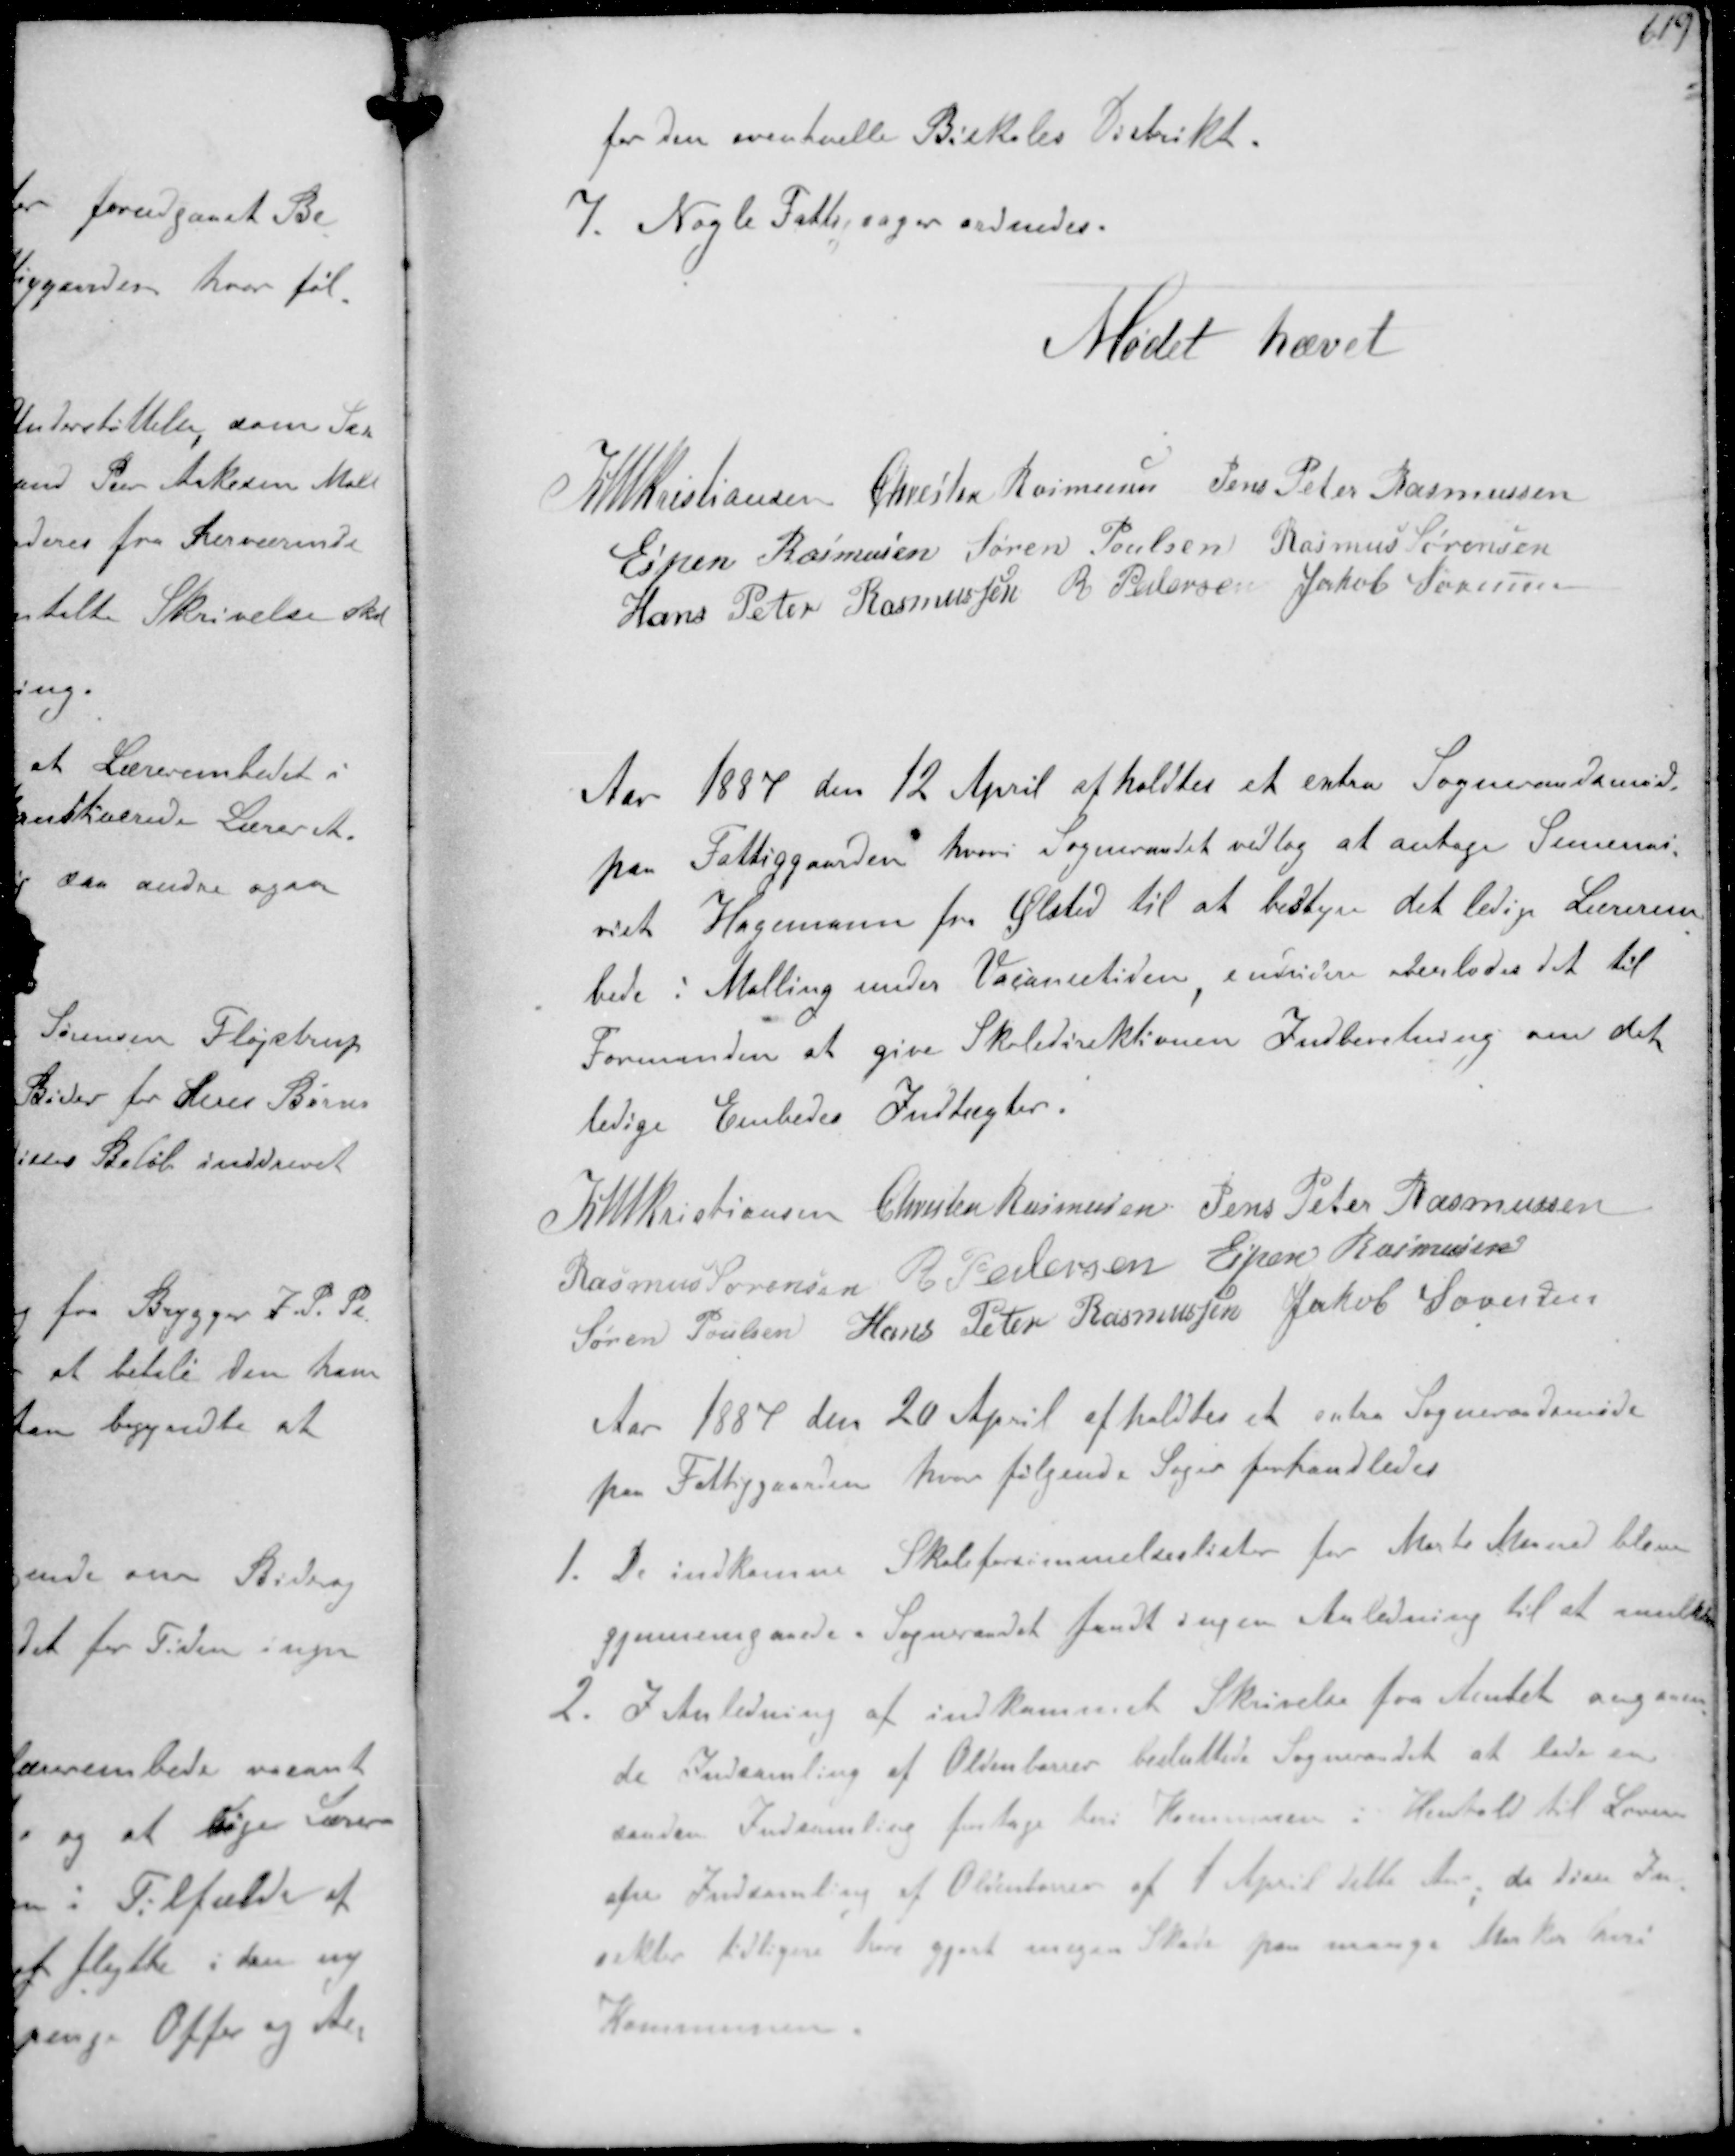
Transskription:
for den eventuelle Biskoles Distrikt.
7. Nogle Fattigsager ordnedes.

Mødet hævet

K N M Kristiansen Chresten Rasmussen Jens Peter Rasmussen
Espen Rasmussen Søren Poulsen Rasmus Sørensen
Hans Peter Rasmussen R Pedersen Jakob Sørensen

Aar 1887 den 12 April afholdtes et extra Sogneraadsmøde
paa Fattiggaarden hvori Sogneraadet vedtog at antage Semina-
rist Hagemann fra Ølsted til at bestyre det ledige Lærerem-
bede i Malling under Vacansetiden endvidere overlodes det til
Formanden at give Skoledirektionen Indberetning om det
ledige Embedes Indtægter.
K N M Kristiansen Chresten Rasmussen Jens Peter Rasmussen
Rasmus Sørensen R. Pedersen Espen Rasmussen
Søren Poulsen Hans Peter Rasmussen Jakob Sørensen
Aar 1887 den 20 April afholdtes et extra Sogneraadsmøde
paa Fattiggaarden hvor følgende Sager forhandledes
1. De indkomne Skoleforsømmelseslister for Marts Maaned bleve
gjennemgaaede. Sogneraadet fandt ingen Anledning til at mulktere
2. I Anledning af indkommet Skrivelse fra Amtet angaaen-
de Indsamling af Oldenborrer besluttede Sogneraadet at lade en
anden Indsamling foretage her i Kommunen i Henhold til Loven
om Indsamling af Oldenborrer af 1 April dette Aar, da disse In-
sekter tidlige har gjort nogen Skade paa mange Marker heri
Kommunen